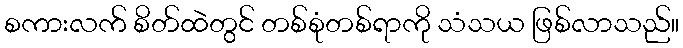
စကားလက် စိတ်ထဲတွင် တစ်စုံတစ်ရာကို သံသယ ဖြစ်လာသည်။